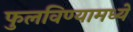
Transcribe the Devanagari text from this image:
फुलविण्यामध्ये